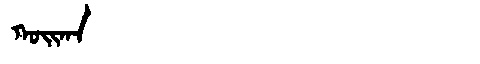
Manchu: ᡴᠣᡳᡴᠠ
Romanization: KOIKA